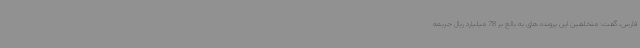
فارس، گفت: متخلفین این پرونده های به بالغ بر 78 میلیارد ریال جریمه